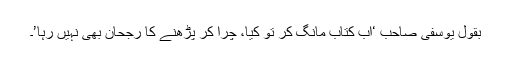
بقول یوسفی صاحب ‘اب کتاب مانگ کر تو کیا، چُرا کر پڑھنے کا رجحان بھی نہیں رہا’۔